Annual administration report of the Civil Veterinary Department, Ajmere-Merwara, British Rajputana - 1914-1940
Year: 1914
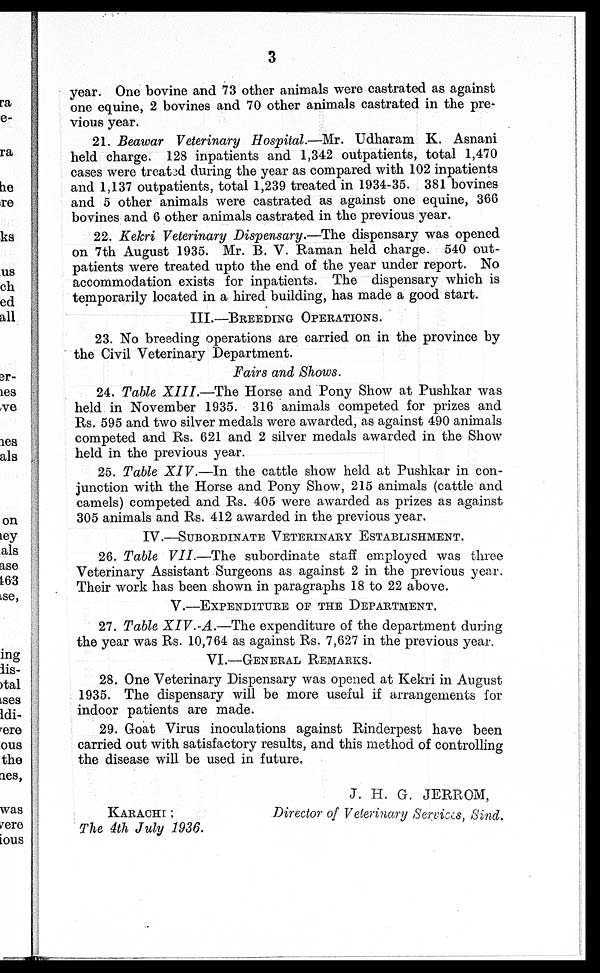
3
year. One bovine and 73 other animals were castrated as against
one equine, 2 bovines and 70 other animals castrated in the pre-
vious year.
21. Beawar Veterinary Hospital.—Mr. Udharam K. Asnani
held charge. 128 inpatients and 1,342 outpatients, total 1,470
cases were treated during the year as compared with 102 inpatients
and 1,137 outpatients, total 1,239 treated in 1934-35. 381 bovines
and 5 other animals were castrated as against one equine, 366
bovines and 6 other animals castrated in the previous year.
22. Kekri Veterinary Dispensary.—The dispensary was opened
on 7th August 1935. Mr. B. V. Raman held charge. 540 out-
patients were treated upto the end of the year under report. No
accommodation exists for inpatients. The dispensary which is
temporarily located in a hired building, has made a good start.
III.—BREEDING OPERATIONS.
23. No breeding operations are carried on in the province by
the Civil Veterinary Department.
Fairs and Shows.
24. Table XIII.—The
Horse and Pony Show at Pushkar was
held in November 1935. 316 animals competed for prizes and
Rs. 595 and two silver medals were awarded, as against 490 animals
competed and Rs. 621 and 2 silver medals awarded in the Show
held in the previous year.
25. Table XIV.—In
the cattle show held at Pushkar in con-
junction with the Horse and Pony Show, 215 animals (cattle and
camels) competed and Rs. 405 were awarded as prizes as against
305 animals and Rs. 412 awarded in the previous year.
IV.—SUBORDINATE VETERINARY ESTABLISHMENT.
26. Table VII.—The
subordinate staff employed was three
Veterinary Assistant Surgeons as against 2 in the previous year.
Their work has been shown in paragraphs 18 to 22 above.
V.—EXPENDITURE OF THE DEPARTMENT.
27. Table XIV.-A.—The
expenditure of the department during
the year was Rs. 10,764 as against Rs. 7,627 in the previous year.
VI.—GENERAL REMARKS.
28. One Veterinary Dispensary was opened at Kekri in August
1935. The dispensary will be more useful if arrangements for
indoor patients are made.
29. Goat Virus inoculations against Rinderpest have been
carried out with satisfactory results, and this method of controlling
the disease will be used in future.
KARACHI;
The 4th July 1936.
J. H. G. JERROM,
Director of Veterinary Services, Sind.